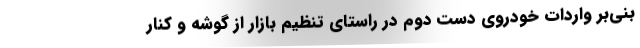
بنی‌بر واردات خودروی دست دوم در راستای تنظیم بازار از گوشه و کنار